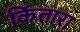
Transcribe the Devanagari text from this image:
किंतारा